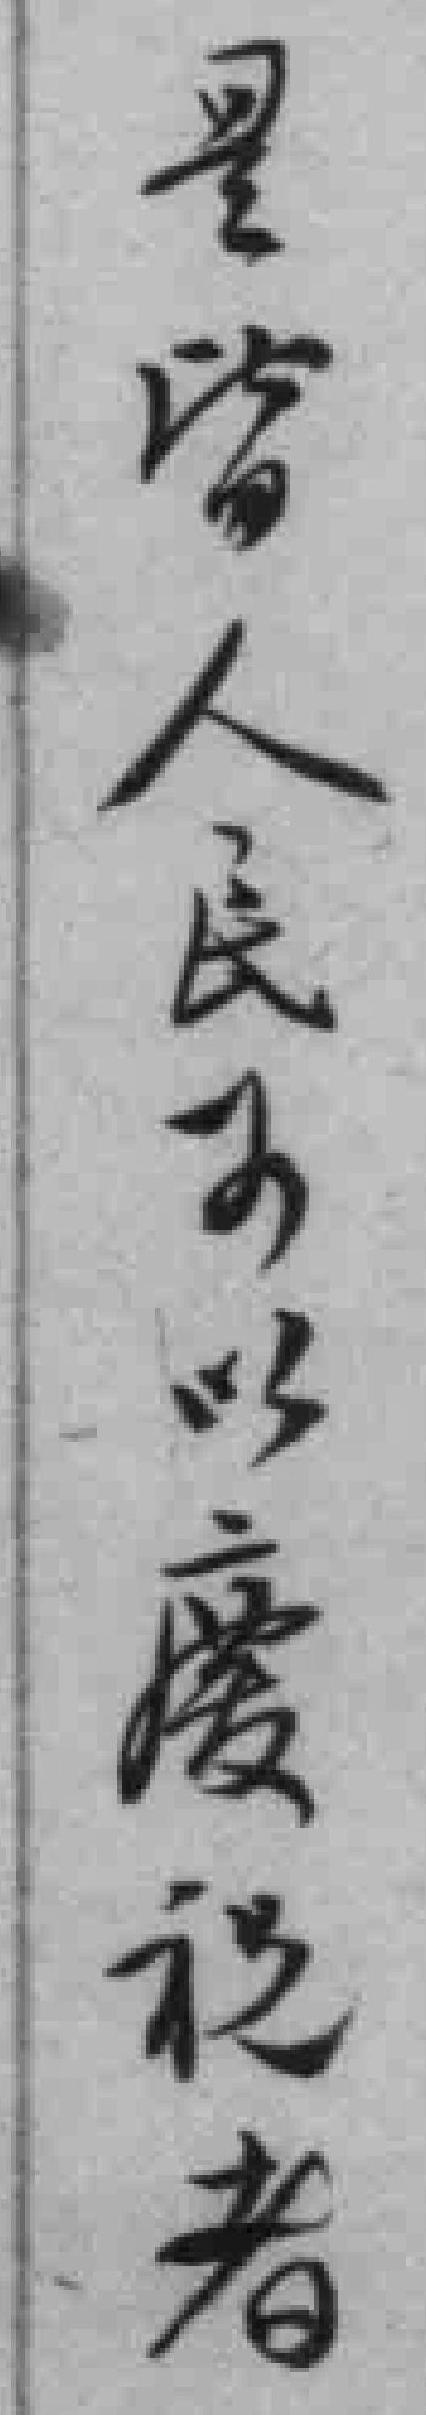
是皆人民可以慶祝者